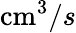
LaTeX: \mathrm{cm}^{3}/s